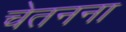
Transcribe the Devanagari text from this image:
चेतनना